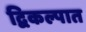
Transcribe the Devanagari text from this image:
द्विकल्पात